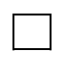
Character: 口